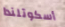
أسكوتلندا